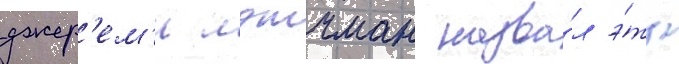
джер'ем'и лэтчман назва́л э́ту